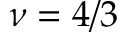
\nu = 4 / 3